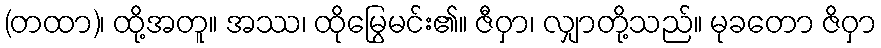
(တထာ)၊ ထို့အတူ။ အဿ၊ ထိုမြွေမင်း၏။ ဇီဝှာ၊ လျှာတို့သည်။ မုခတော ဇိဝှာ